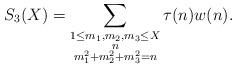
LaTeX: \begin{align*}S_3(X)=\sum_{\substack{1\le m_1,m_2,m_3\le X\\ n \\ m_1^2+m_2^2+m_3^2=n}}\tau(n)w(n).\end{align*}